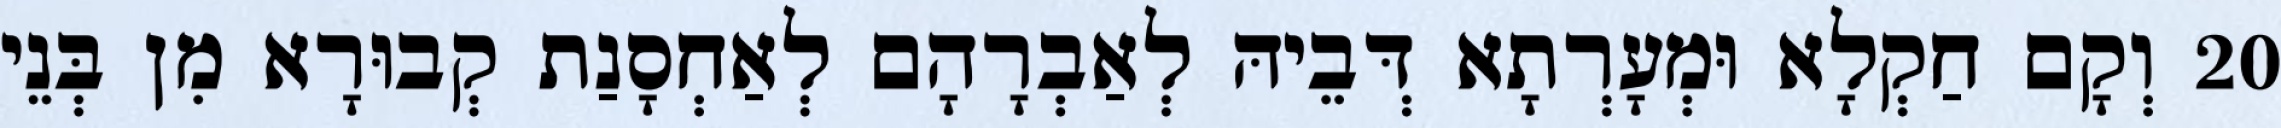
20 וְקָם חַקְלָא וּמְעָרְתָא דְּבֵיהּ לְאַבְרָהָם לְאַחְסָנַת קְבוּרָא מִן בְּנֵי